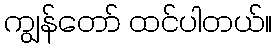
ကျွန်တော် ထင်ပါတယ်။